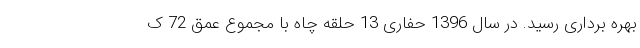
بهره برداری رسید. در سال 1396 حفاری 13 حلقه چاه با مجموع عمق 72 ک